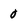
Character: 0